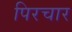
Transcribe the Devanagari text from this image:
पिरचार